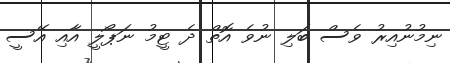
ނިމުނުއިރު ވެސް ބަލި ނުވެ އޮތް ދެ ޓީމު ނަޕޯލީ އާއި އޭސީ